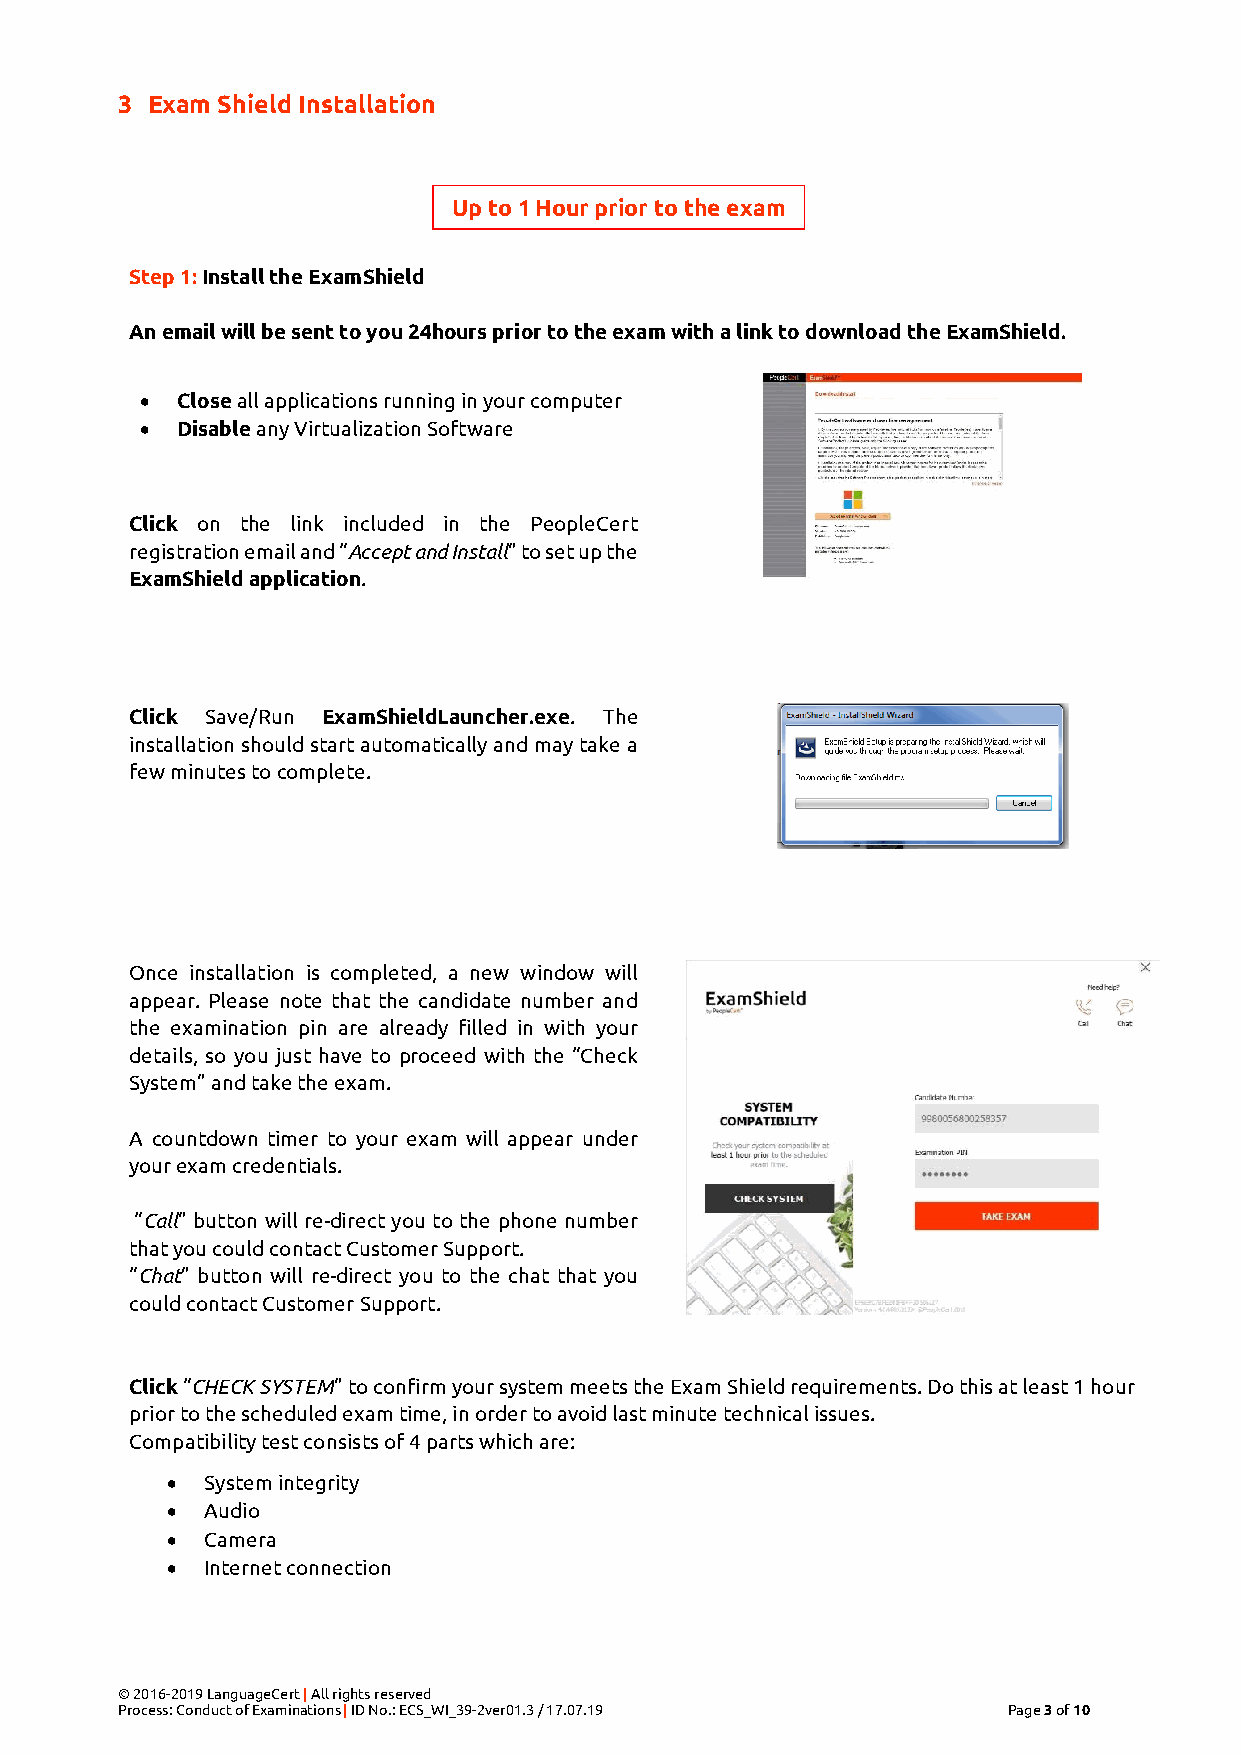
3 Exam Shield Installation
 Up to 1 Hour prior to the exam
 Step 1: Install the ExamShield
 An email will be sent to you 24hours prior to the exam with a link to download the ExamShield.
 •  Close all applications running in your computer
 •  Disable any Virtualization Software
 Click on the link included in the PeopleCert
 registration email and “Accept and Install” to set up the
 ExamShield application.
 Click Save/Run ExamShieldLauncher.exe. The
 installation should start automatically and may take a
 few minutes to complete.
 Once installation is completed, a new window will
 appear. Please note that the candidate number and
 the examination pin are already filled in with your
 details, so you just have to proceed with the “Check
 System” and take the exam.
 A countdown timer to your exam will appear under
 your exam credentials.
 “Call” button will re-direct you to the phone number
 that you could contact Customer Support.
 “Chat” button will re-direct you to the chat that you
 could contact Customer Support.
 Click “CHECK SYSTEM” to confirm your system meets the Exam Shield requirements. Do this at least 1 hour
 prior to the scheduled exam time, in order to avoid last minute technical issues.
 Compatibility test consists of 4 parts which are:
 •  System integrity
 •  Audio
 •  Camera
 •  Internet connection
 © 2016-2019 LanguageCert | All rights reserved
 Process: Conduct of Examinations | ID No.: ECS_WI_39-2ver01.3 / 17.07.19 Page 3 of 10